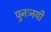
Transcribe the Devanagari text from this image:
पुनःनयी